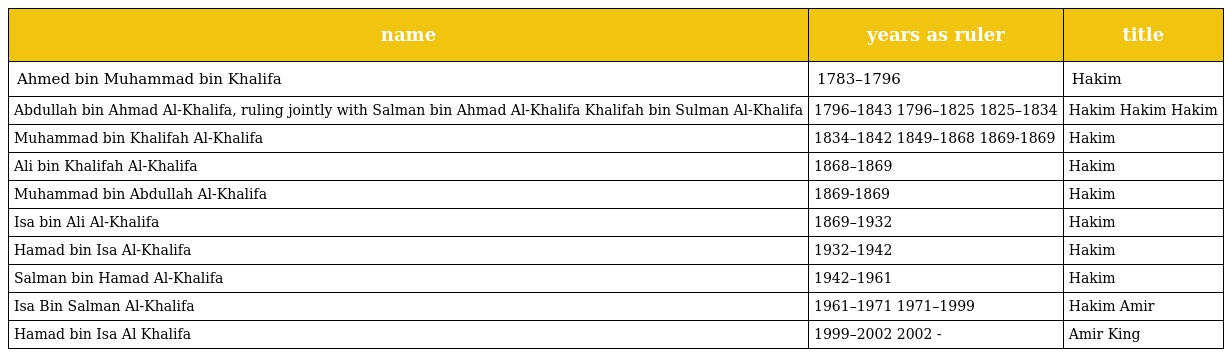
| name | years as ruler | title |
 | --- | --- | --- |
 | Ahmed bin Muhammad bin Khalifa | 1783–1796 | Hakim |
 | Abdullah bin Ahmad Al-Khalifa, ruling jointly with Salman bin Ahmad Al-Khalifa Khalifah bin Sulman Al-Khalifa | 1796–1843 1796–1825 1825–1834 | Hakim Hakim Hakim |
 | Muhammad bin Khalifah Al-Khalifa | 1834–1842 1849–1868 1869-1869 | Hakim |
 | Ali bin Khalifah Al-Khalifa | 1868–1869 | Hakim |
 | Muhammad bin Abdullah Al-Khalifa | 1869-1869 | Hakim |
 | Isa bin Ali Al-Khalifa | 1869–1932 | Hakim |
 | Hamad bin Isa Al-Khalifa | 1932–1942 | Hakim |
 | Salman bin Hamad Al-Khalifa | 1942–1961 | Hakim |
 | Isa Bin Salman Al-Khalifa | 1961–1971 1971–1999 | Hakim Amir |
 | Hamad bin Isa Al Khalifa | 1999–2002 2002 - | Amir King |